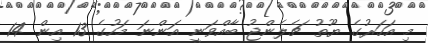
މި އަހަރުގެ ޔޫތު ޗެލެންޖު ބާއްވަނީ އަންނަ މަހުގެ 13 އިން 14